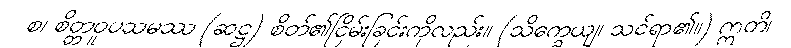
စ၊ စိတ္တဝူပသမဿ (ဆဋ္ဌ) စိတ်၏ငြိမ်းခြင်းကိုလည်း။ (သိက္ခေယျ၊ သင်ရာ၏။) ဣတိ၊